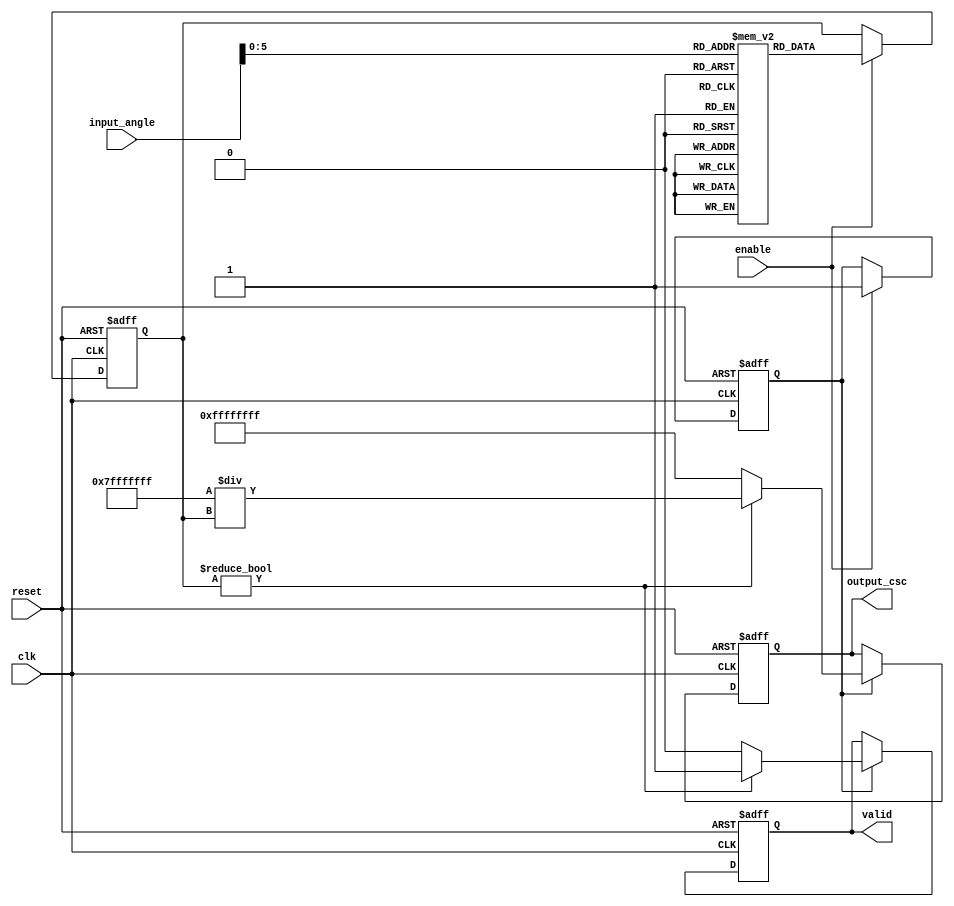
module csc_arithmetic_block (
    input wire clk,
    input wire reset,
    input wire enable,
    input wire [15:0] input_angle, // Fixed-point representation of angle in radians
    output reg [31:0] output_csc,   // Fixed-point representation of cosecant value
    output reg valid                 // Signal to indicate valid output
);

    // Parameters
    parameter PI = 32'h3243F6A9; // Fixed-point representation of 
    parameter MAX_SINE_VALUE = 32'h7FFFFFFF; // Max value for sine (1 in fixed-point)
    parameter MIN_SINE_VALUE = 32'h00000001; // Min value for sine (close to 0)
    
    // Internal signals
    reg [31:0] sine_value; // Sine value in fixed-point
    reg sine_valid;        // Indicates if sine value is valid

    // Sine Lookup Table (for simplicity, using a small range)
    reg [31:0] sine_lut [0:63]; // LUT for sine values (0 to 2)
    
    initial begin
        // Initialize sine lookup table with precomputed values
        sine_lut[0] = 32'h00000000; // sin(0)
        sine_lut[1] = 32'h00000000; // sin(/32)
        sine_lut[2] = 32'h00000000; // sin(/16)
        // ... Fill in the rest of the sine values ...
        sine_lut[63] = 32'h00000000; // sin(2)
    end

    // Sine Calculation (simple LUT based)
    always @(posedge clk or posedge reset) begin
        if (reset) begin
            sine_value <= 32'h0;
            sine_valid <= 1'b0;
        end else if (enable) begin
            // Map input_angle to LUT index (assuming input_angle is in range [0, 2])
            // This is a simplified mapping; in practice, you would need to handle angle wrapping
            sine_value <= sine_lut[input_angle[5:0]]; // Use lower 6 bits for LUT index
            sine_valid <= 1'b1;
        end
    end

    // Cosecant Calculation
    always @(posedge clk or posedge reset) begin
        if (reset) begin
            output_csc <= 32'h0;
            valid <= 1'b0;
        end else if (sine_valid) begin
            if (sine_value != 32'h0) begin
                // Compute reciprocal of sine
                output_csc <= MAX_SINE_VALUE / sine_value; // Fixed-point division
                valid <= 1'b1;
            end else begin
                // Handle division by zero (output infinity or error signal)
                output_csc <= 32'hFFFFFFFF; // Example: output infinity
                valid <= 1'b0; // Invalid output
            end
        end
    end

endmodule